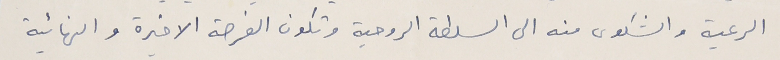
الرعية والشكوى منه الى السلطة الروحية وتكون الفرصة الاخيرة والنهانية